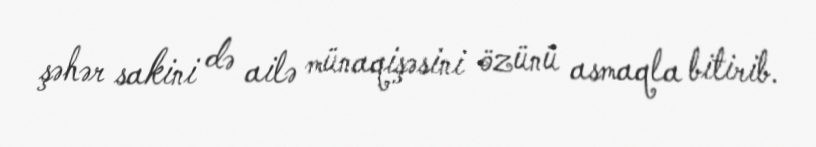
şəhər sakini də ailə münaqişəsini özünü asmaqla bitirib.